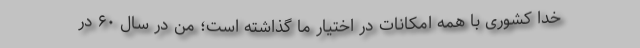
خدا کشوری با همه امکانات در اختیار ما گذاشته است؛ من در سال ۶۰ در